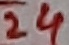
Text: 24